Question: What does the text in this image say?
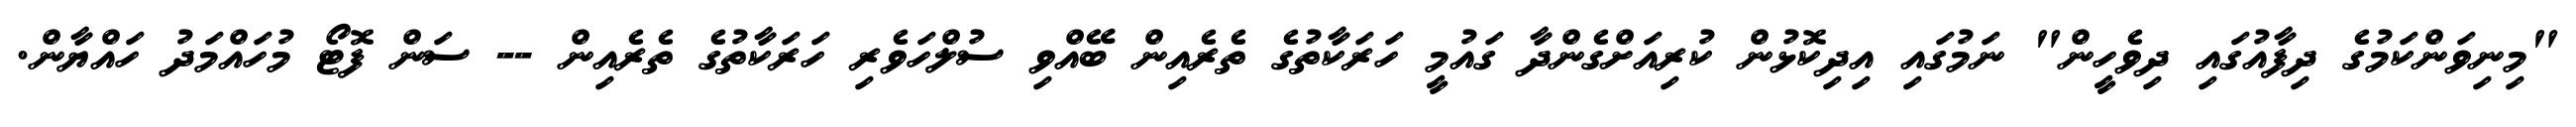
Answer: "މިނިވަންކަމުގެ ދިފާއުގައި ދިވެހީން" ނަމުގައި އިދިކޮޅުން ކުރިއަށްގެންދާ ގައުމީ ހަރަކާތުގެ ތެރެއިން ބޭއްވި ސުލްހަވެރި ހަރަކާތުގެ ތެރެއިން -- ސަން ފޮޓޯ މުހައްމަދު ހައްޔާން.